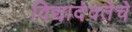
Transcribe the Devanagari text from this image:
विद्यादेवतेचे